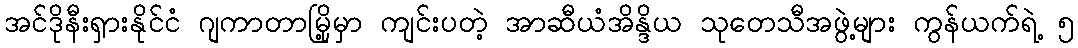
အင်ဒိုနီးရှားနိုင်ငံ ဂျကာတာမြို့မှာ ကျင်းပတဲ့ အာဆီယံအိန္ဒိယ သုတေသီအဖွဲ့များ ကွန်ယက်ရဲ့ ၅